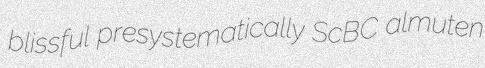
blissful presystematically ScBC almuten